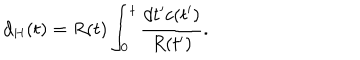
d _ { H } ( t ) = R ( t ) \int _ { 0 } ^ { t } \frac { d t ^ { \prime } c ( t ^ { \prime } ) } { R ( t ^ { \prime } ) } .